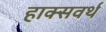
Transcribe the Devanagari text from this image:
हाक्सवर्थ